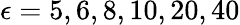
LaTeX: \epsilon=5,6,8,10,20,40